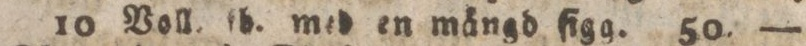
10 Voll. fb. med en mängd figg. 50. —